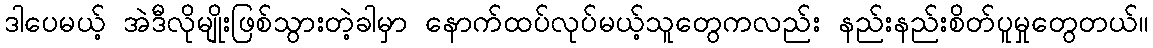
ဒါပေမယ့် အဲဒီလိုမျိုးဖြစ်သွားတဲ့ခါမှာ နောက်ထပ်လုပ်မယ့်သူတွေကလည်း နည်းနည်းစိတ်ပူမှုတွေတယ်။